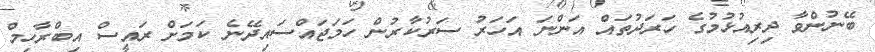
ބޭނުންވާ ދިރިއުޅުމުގެ ހަރަދުތައް އަންނަ އަހަރު ސަރުކާރުން ހަމަޖައްސައިދޭނެ ކަމަށް ރައީސް އިބްރާހިމް